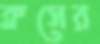
ক্লসের